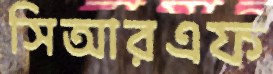
সিআরএফ